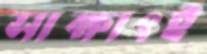
সাক্ষাৎই